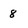
Character: 8